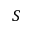
S